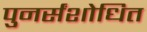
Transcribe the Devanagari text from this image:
पुनर्संशोधित